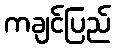
ကချင်ပြည်